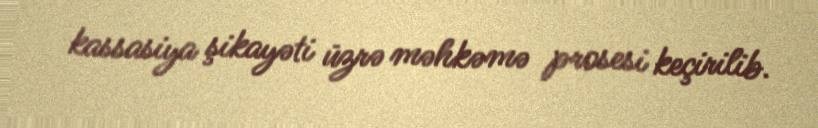
kassasiya şikayəti üzrə məhkəmə prosesi keçirilib.